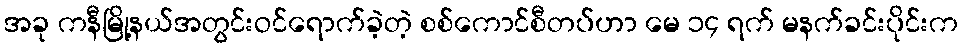
အခု ကနီမြို့နယ်အတွင်းဝင်ရောက်ခဲ့တဲ့ စစ်ကောင်စီတပ်ဟာ မေ ၁၄ ရက် မနက်ခင်းပိုင်းက